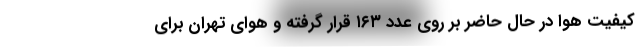
کیفیت هوا در حال حاضر بر روی عدد ۱۶۳ قرار گرفته و هوای تهران برای